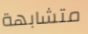
متشابهة